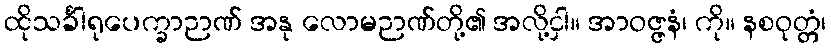
ထိုသင်္ခါရုပေက္ခာဉာဏ် အနု လောမဉာဏ်တို့၏ အလို့ငှါ။ အာဝဇ္ဇနံ၊ ကို။ နစဝုတ္တံ၊